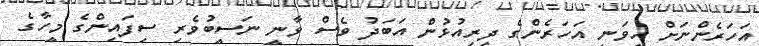
އަހަރެންނަށް ހީވަނީ އަހަރެންގެ ދިރިއުޅުން އަބަދު ވެސް ވާނީ ނަސީބުވެރި ސިފައިންގެ މީހާގެ